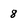
Character: 8